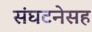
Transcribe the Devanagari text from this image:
संघटनेसह